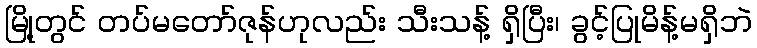
မြို့တွင် တပ်မတော်ဇုန်ဟုလည်း သီးသန့် ရှိပြီး၊ ခွင့်ပြုမိန့်မရှိဘဲ